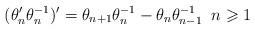
LaTeX: \begin{align*} (\theta_{n}^{\prime} \theta_{n}^{-1} )^{\prime}= \theta_{n+1} \theta_{n}^{-1} - \theta_{n} \theta^{-1}_{n-1} \; \; n \geqslant 1 \end{align*}